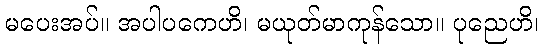
မပေးအပ်။ အပါပကေဟိ၊ မယုတ်မာကုန်သော။ ပုညေဟိ၊